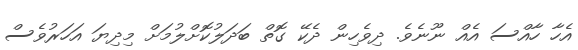
އެހާ ހާއްސަ އެއް ނޫނެވެ. ދިވެހިން ދެކޭ ގޮތް ބަދަލުކޮށްލުމަށް މިދިޔަ އަހަރުވެސް